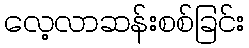
လေ့လာဆန်းစစ်ခြင်း